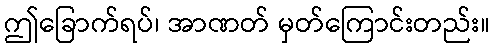
ဤခြောက်ရပ်၊ အာဏတ် မှတ်ကြောင်းတည်း။